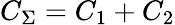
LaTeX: C_{\Sigma}=C_{1}+C_{2}